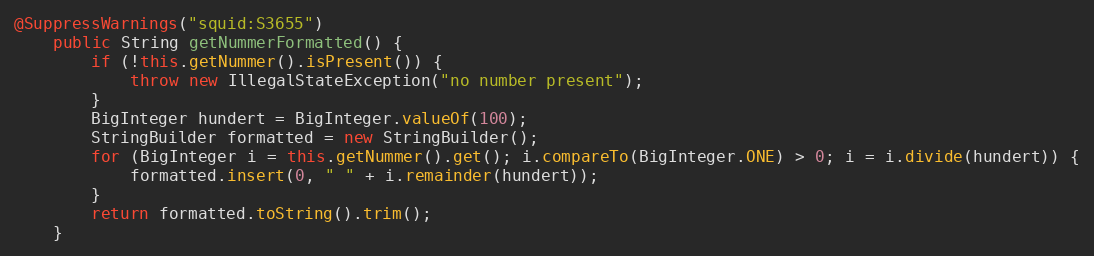
Language: Java
@SuppressWarnings("squid:S3655")
    public String getNummerFormatted() {
        if (!this.getNummer().isPresent()) {
            throw new IllegalStateException("no number present");
        }
        BigInteger hundert = BigInteger.valueOf(100);
        StringBuilder formatted = new StringBuilder();
        for (BigInteger i = this.getNummer().get(); i.compareTo(BigInteger.ONE) > 0; i = i.divide(hundert)) {
            formatted.insert(0, " " + i.remainder(hundert));
        }
        return formatted.toString().trim();
    }